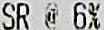
SR @ 6%